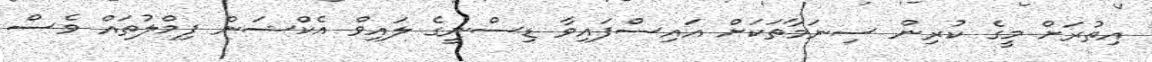
އިތުރަށް މީގެ ކުރިން ސިނަމާތަކަށް އައިސްފައިވާ ޑިސްނީގެ ލައިވް އެކްޝަން ފިމްލުތައް ވެސް